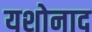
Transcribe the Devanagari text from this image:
यशोनाद